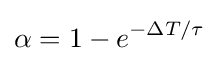
\alpha =1-e^{-\Delta T/\tau }